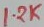
Text: 12K